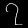
Digit: ၇